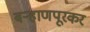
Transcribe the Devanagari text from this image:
बऱ्हाणपूरकर